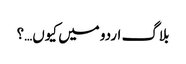
بلاگ اردو میں کیوں…؟